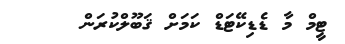
ޓީމް މާ ޑެޑިކޭޓަޑް ކަމަށް ޤަބޫލްކުރަން